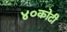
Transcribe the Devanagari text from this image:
४०कोटी